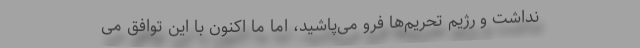
نداشت و رژیم تحریم‌ها فرو می‌پاشید، امّا ما اکنون با این توافق می